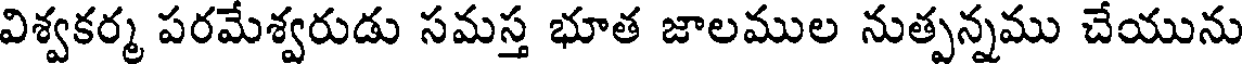
విశ్వకర్మ పరమేశ్వరుడు సమస్త భూత జాలముల నుత్పన్నము చేయును